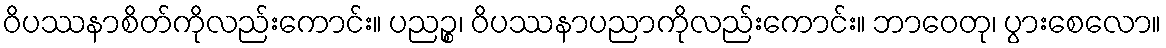
ဝိပဿနာစိတ်ကိုလည်းကောင်း။ ပညဉ္စ၊ ဝိပဿနာပညာကိုလည်းကောင်း။ ဘာဝေတု၊ ပွားစေလော။